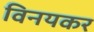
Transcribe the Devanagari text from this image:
विनयकर